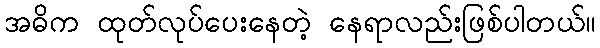
အဓိက ထုတ်လုပ်ပေးနေတဲ့ နေရာလည်းဖြစ်ပါတယ်။